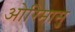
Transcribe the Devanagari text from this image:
ओरिमासु